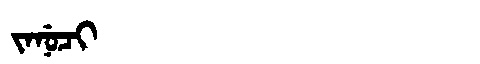
Manchu: ᠵᠠᠨᡠᠴᡳ
Romanization: JANUCI